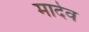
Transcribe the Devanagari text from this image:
मादेव